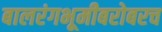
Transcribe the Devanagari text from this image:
बालरंगभूमीबरोबरच